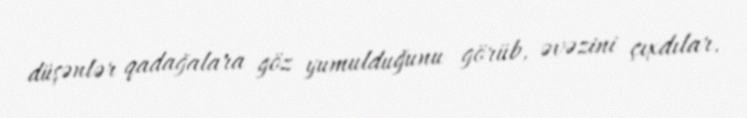
düşənlər qadağalara göz yumulduğunu görüb, əvəzini çıxdılar.